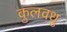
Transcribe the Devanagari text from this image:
कुलवधु